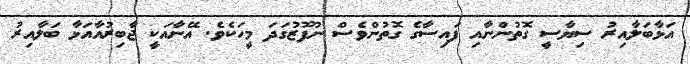
އަޅާބަލާއިރު ސިޔާސީ ގޮތުންނާއި ފައިސާގެ ގޮތުންވެސް ނުފޫޒުގަދަ މީހަކެވެ. އޭނާއަކީ ޖާބިރުއާއަޅާ ބަލާއިރު